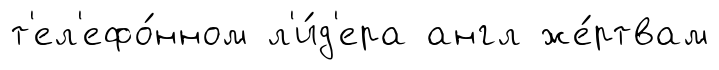
т'ел'ефо́нном л'и́д'ера англ же́ртвам